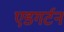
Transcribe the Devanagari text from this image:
एडगर्टन